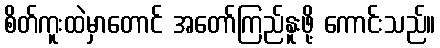
စိတ်ကူးထဲမှာတောင် အတော်ကြည်နူးဖို့ ကောင်းသည်။